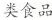
类食品